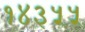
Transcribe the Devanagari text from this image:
१४३५५